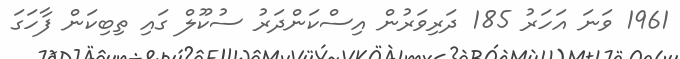
1961 ވަނަ އަހަރު 185 ދަރިވަރުން އިސްކަންދަރު ސުކޫލް ގައި ތިބިކަން ފާހަގަ